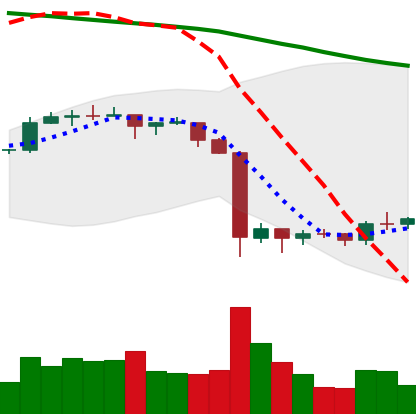
Ticker: EOS-USD
Chart end date: 2019-10-02
Forward return: 5.935%
Label: up_5_7